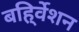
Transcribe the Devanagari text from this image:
बहि्र्वेशन